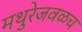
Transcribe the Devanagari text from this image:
मथुरेजवळच